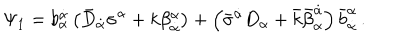
LaTeX: \Psi _ { 1 } = b _ { \alpha } ^ { \dot { \alpha } } \left( \bar { D } _ { \dot { \alpha } } \sigma ^ { \alpha } + k \beta _ { \dot { \alpha } } ^ { \alpha } \right) + \left( \bar { \sigma } ^ { \dot { \alpha } } D _ { \alpha } + \bar { k } \bar { \beta } _ { \alpha } ^ { \dot { \alpha } } \right) \bar { b } _ { \dot { \alpha } } ^ { \alpha } \, .